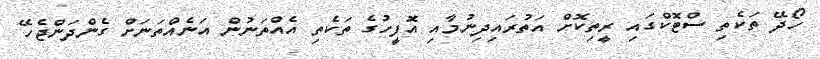
ހޯދޭ ތަކެތި ސްޓޮކްގައި ރީތިކޮށް އަތުރައިދިނުމާއި އޮފީހުގެ ތަކެތި އެއްތަނުން އަނެއްތަނަށް ގެންދަންޖެހޭ